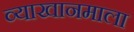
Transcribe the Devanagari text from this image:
व्याखानमाला